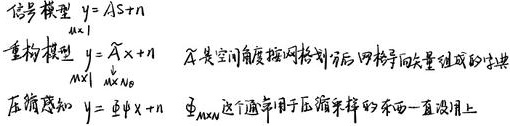
信号模型 \(y = As + n\)。重构模型
\[
\underset{M\times1}{y}=\underset{M\times N}{\widetilde{A}}\underset{N\times1}{x}+ \underset{M\times1}{n_0}
\]
，\(\widetilde{A}\) 是空间角度按网格划分后网格导向矢量组成的字典。压缩感知 \(y = \varPhi x + n\) ，\(\underset{M\times N}{\varPhi}\) 这个通常用于压缩采样的东西一直没派上用。